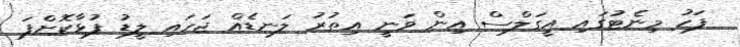
ފަހު މިނެޓުގައި އީގަލްސް އިން ވަނީ އިތުރު ލަނޑެއް ޖަހައި ލީޑު ފުޅާކޮށްފަ